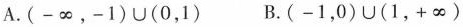
A.(-\infty,-1) \cup(0,1) B.(-1,0) \cup(1,+\infty)